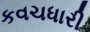
કવચધારી